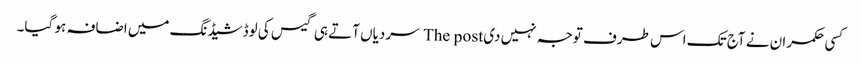
کسی حکمران نے آج تک اس طرف توجہ نہیں دی The post سردیاں آتے ہی گیس کی لوڈشیڈنگ میں اضافہ ہو گیا۔